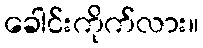
ခေါင်းကိုက်လား။